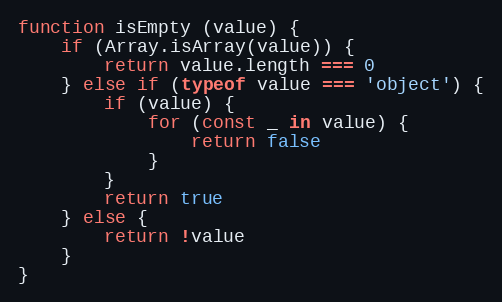
Language: JavaScript
function isEmpty (value) {
    if (Array.isArray(value)) {
        return value.length === 0
    } else if (typeof value === 'object') {
        if (value) {
            for (const _ in value) {
                return false
            }
        }
        return true
    } else {
        return !value
    }
}